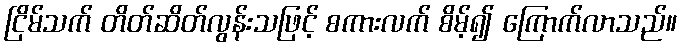
ငြိမ်သက် တိတ်ဆိတ်လွန်းသဖြင့် စကားလက် စိမ့်၍ ကြောက်လာသည်။